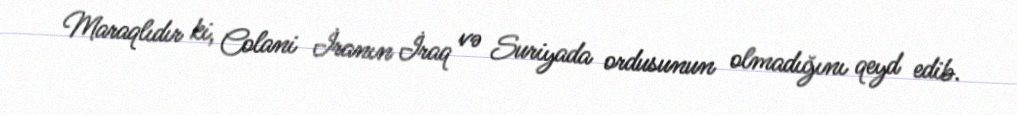
Maraqlıdır ki, Colani İranın İraq və Suriyada ordusunun olmadığını qeyd edib.